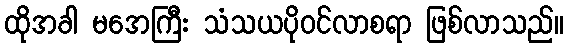
ထိုအခါ မအေကြီး သံသယပိုဝင်လာစရာ ဖြစ်လာသည်။